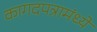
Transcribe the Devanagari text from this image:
कागदपत्रामंध्ये